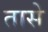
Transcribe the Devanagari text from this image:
तासे